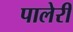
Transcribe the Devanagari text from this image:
पालेरी